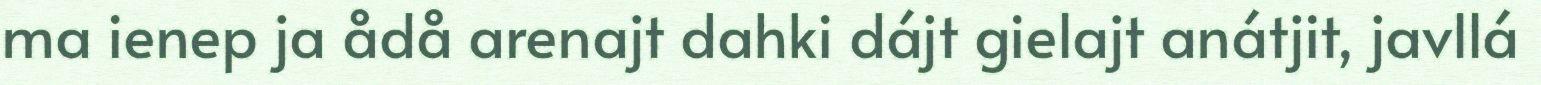
ma ienep ja ådå arenajt dahki dájt gielajt anátjit, javllá